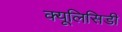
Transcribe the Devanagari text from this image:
क्यूलिसिडी